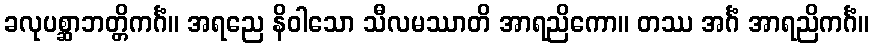
ခလုပစ္ဆာဘတ္တိကင်္ဂံ။ အရညေ နိဝါသော သီလမဿာတိ အာရညိကော။ တဿ အင်္ဂံ အာရညိကင်္ဂံ။